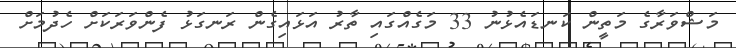
މަޝްވަރާގެ މަތީން ކަނޑައެޅުނު 33 މަގެއްގައި ތާރު އަޅައިގެން ރަނގަޅު ފެންވަރަކަށް ހެދުމަށް